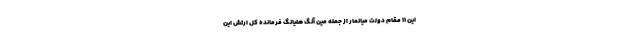
این ۱۱ مقام دولت میانمار از جمله مین آنگ هلیانگ فرمانده کل ارتش این